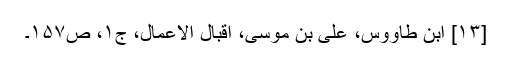
[۱۳] ابن طاووس، علی بن موسی، اقبال الاعمال، ج‌۱، ص‌۱۵۷۔